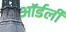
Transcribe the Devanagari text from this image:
ऑर्डर्ली